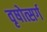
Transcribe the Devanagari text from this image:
वृषोत्सर्ग